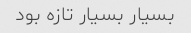
بسیار بسیار تازه بود